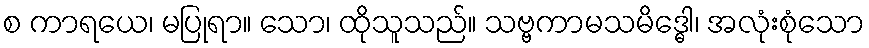
စ ကာရယေ၊ မပြုရာ။ သော၊ ထိုသူသည်။ သဗ္ဗကာမသမိဒ္ဓေါ၊ အလုံးစုံသော